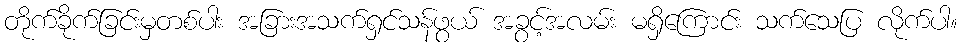
တိုက်ခိုက်ခြင်းမှတစ်ပါး အခြားအသက်ရှင်သန်ဖွယ် အခွင့်အလမ်း မရှိကြောင်း သက်သေပြ လိုက်ပါ။